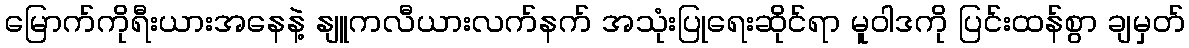
မြောက်ကိုရီးယားအနေနဲ့ နျူကလီယားလက်နက် အသုံးပြုရေးဆိုင်ရာ မူဝါဒကို ပြင်းထန်စွာ ချမှတ်